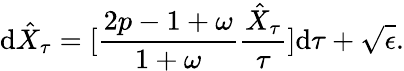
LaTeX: \textrm{d}\hat{X}_{\tau}=[\frac{2p-1+\omega}{1+\omega}\frac{\hat{X}_{\tau}}{\tau}]\textrm{d}\tau+\sqrt{\epsilon}.